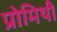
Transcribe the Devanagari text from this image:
प्रोमिथी